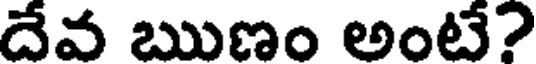
దేవ ఋణం అంటే?